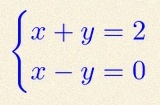
\begin{cases}x+y=2\\x-y=0\end{cases}